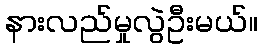
နားလည်မှုလွဲဦးမယ်။